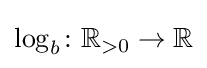
\log _{b}\colon \mathbb {R} _{>0}\to \mathbb {R}